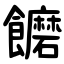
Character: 饝